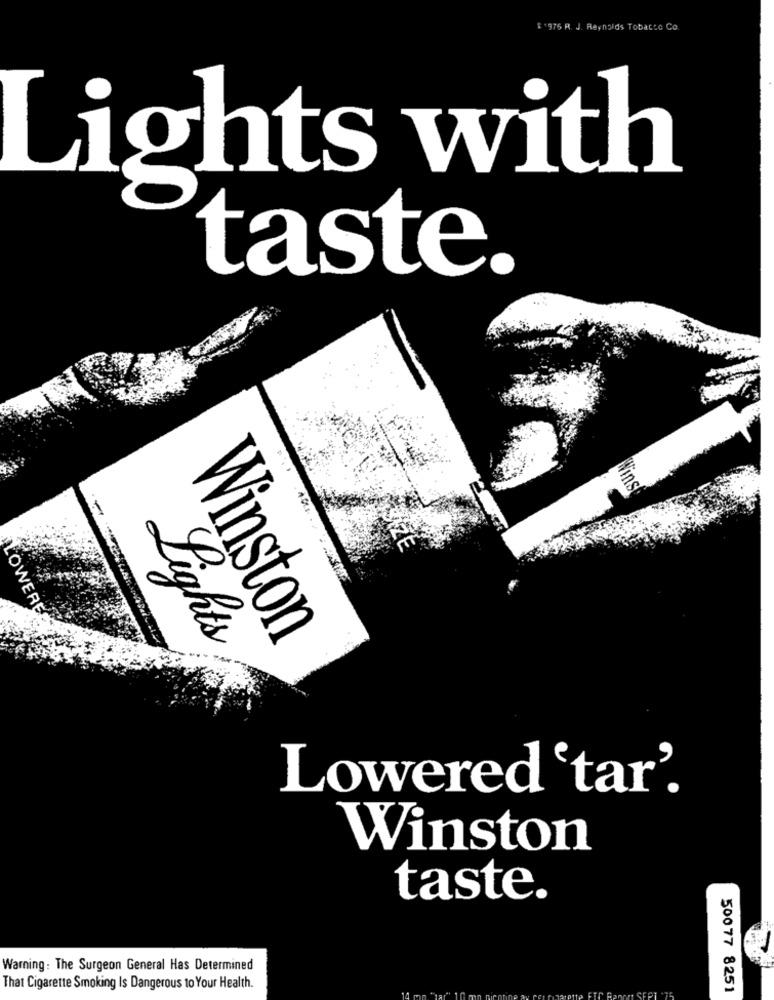
"975 R. J. Reynolds Tobacco Co
Lights with
taste.
Wind
LOWERE
Winston
Lights
Lowered 'tar'.
Winston
taste.
Warning: The Surgeon General Has Determined
That Cigarette Smoking Is Dangerous to Your Health.
500 77 8251